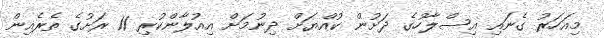
މިއަހަރު ގެނައި އިސްލާހުގެ ދަށުން ކުއްޔަށް ދިނުމަށް އިއުލާންކުރި 11 ރަށުގެ ތެރެއިން